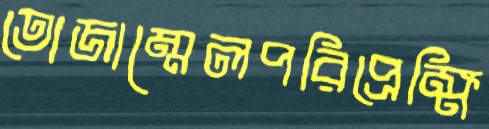
তোজাম্মেলপরিপ্রেক্ষি